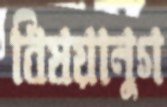
বিষয়ানুগ